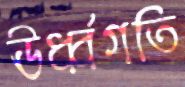
ঊর্ধ্বগতি